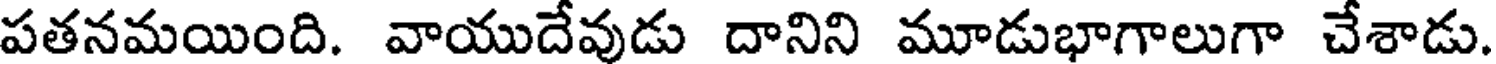
పతనమయింది. వాయుదేవుడు దానిని మూడుభాగాలుగా చేశాడు.